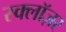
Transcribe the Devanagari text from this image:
स्क्लॉज़र